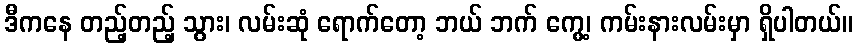
ဒီကနေ တည့်တည့် သွား၊ လမ်းဆုံ ရောက်တော့ ဘယ် ဘက် ကွေ့၊ ကမ်းနားလမ်းမှာ ရှိပါတယ်။